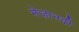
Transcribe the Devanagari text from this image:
मेज़ानदी